Civil Veterinary Department Bengal reports 1923-33 - 1923-1933
Year: 1923
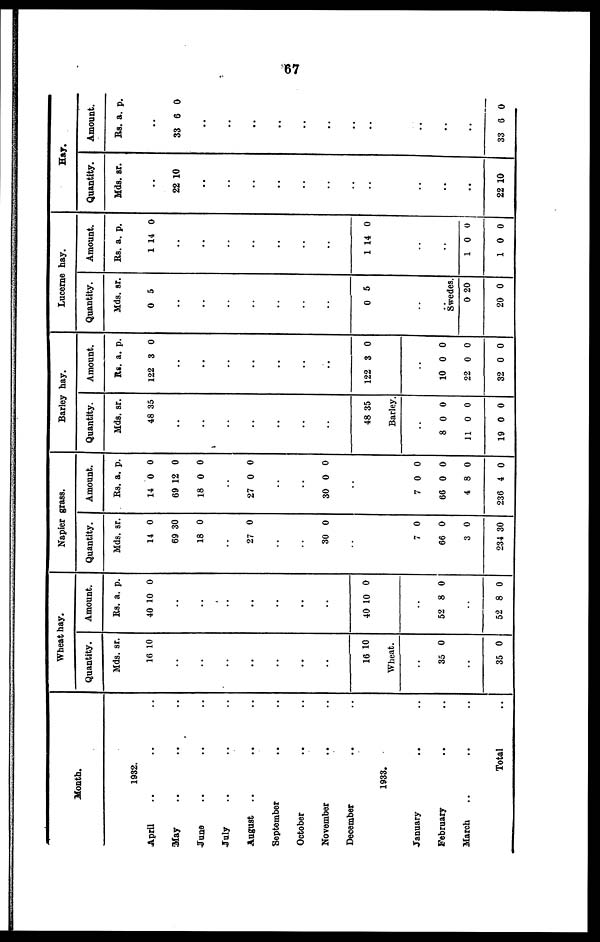
67
Month.
1932.
April .. .. ..
May .. .. ..
June .. .. ..
July .. .. ..
August .. .. ..
September .. ..
October .. ..
November .. ..
December
..
..
1933.
January .. ..
February .. ..
March .. .. ..
Total ..
Wheat hay.
Quantity.
Mds.
16
sr.
10
..
..
..
..
..
..
..
16 10
Wheat.
..
35 0
..
35 0
Amount.
Rs.
40
a.
10
p.
0
..
..
..
..
..
..
..
40 10 0
..
52 8 0
..
52 8 0
Napier grass.
Quantity.
Mds.
14
69
18
sr.
0
30
0
..
27 0
..
..
30 0
..
7
66
3
234
0
0
0
30
Amount.
Rs.
14
69
18
a.
0
12
0
p.
0
0
0
..
27 0 0
..
..
30 0 0
..
7
66
4
236
0
0
8
4
0
0
0
0
Barley hay.
Quantity.
Mds.
48
sr.
35
..
..
..
..
..
..
..
48 35
Barley.
..
8
11
19
0
0
0
0
0
0
Amount.
Rs.
122
a.
3
p.
0
..
..
..
..
..
..
..
122 3 0
..
10
22
32
0
0
0
0
0
0
Lucerne hay.
Quantity.
Mds.
0
sr.
5
..
..
..
..
..
..
..
0 5
..
..
Swedes.
0
20
20
0
Amount.
Rs.
1
a.
14
p.
0
..
..
..
..
..
..
..
1 14 0
..
..
1
1
0
0
0
0
Hay.
Quantity.
Mds. sr.
..
22 10
..
..
..
..
..
..
..
..
..
..
..
22 10
Amount.
Rs. a. p.
..
33 6 0
..
..
..
..
..
..
..
..
..
..
..
33 6 0